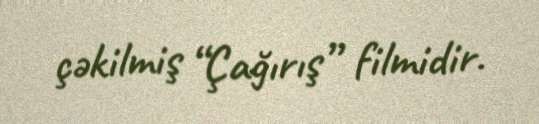
çəkilmiş “Çağırış” filmidir.